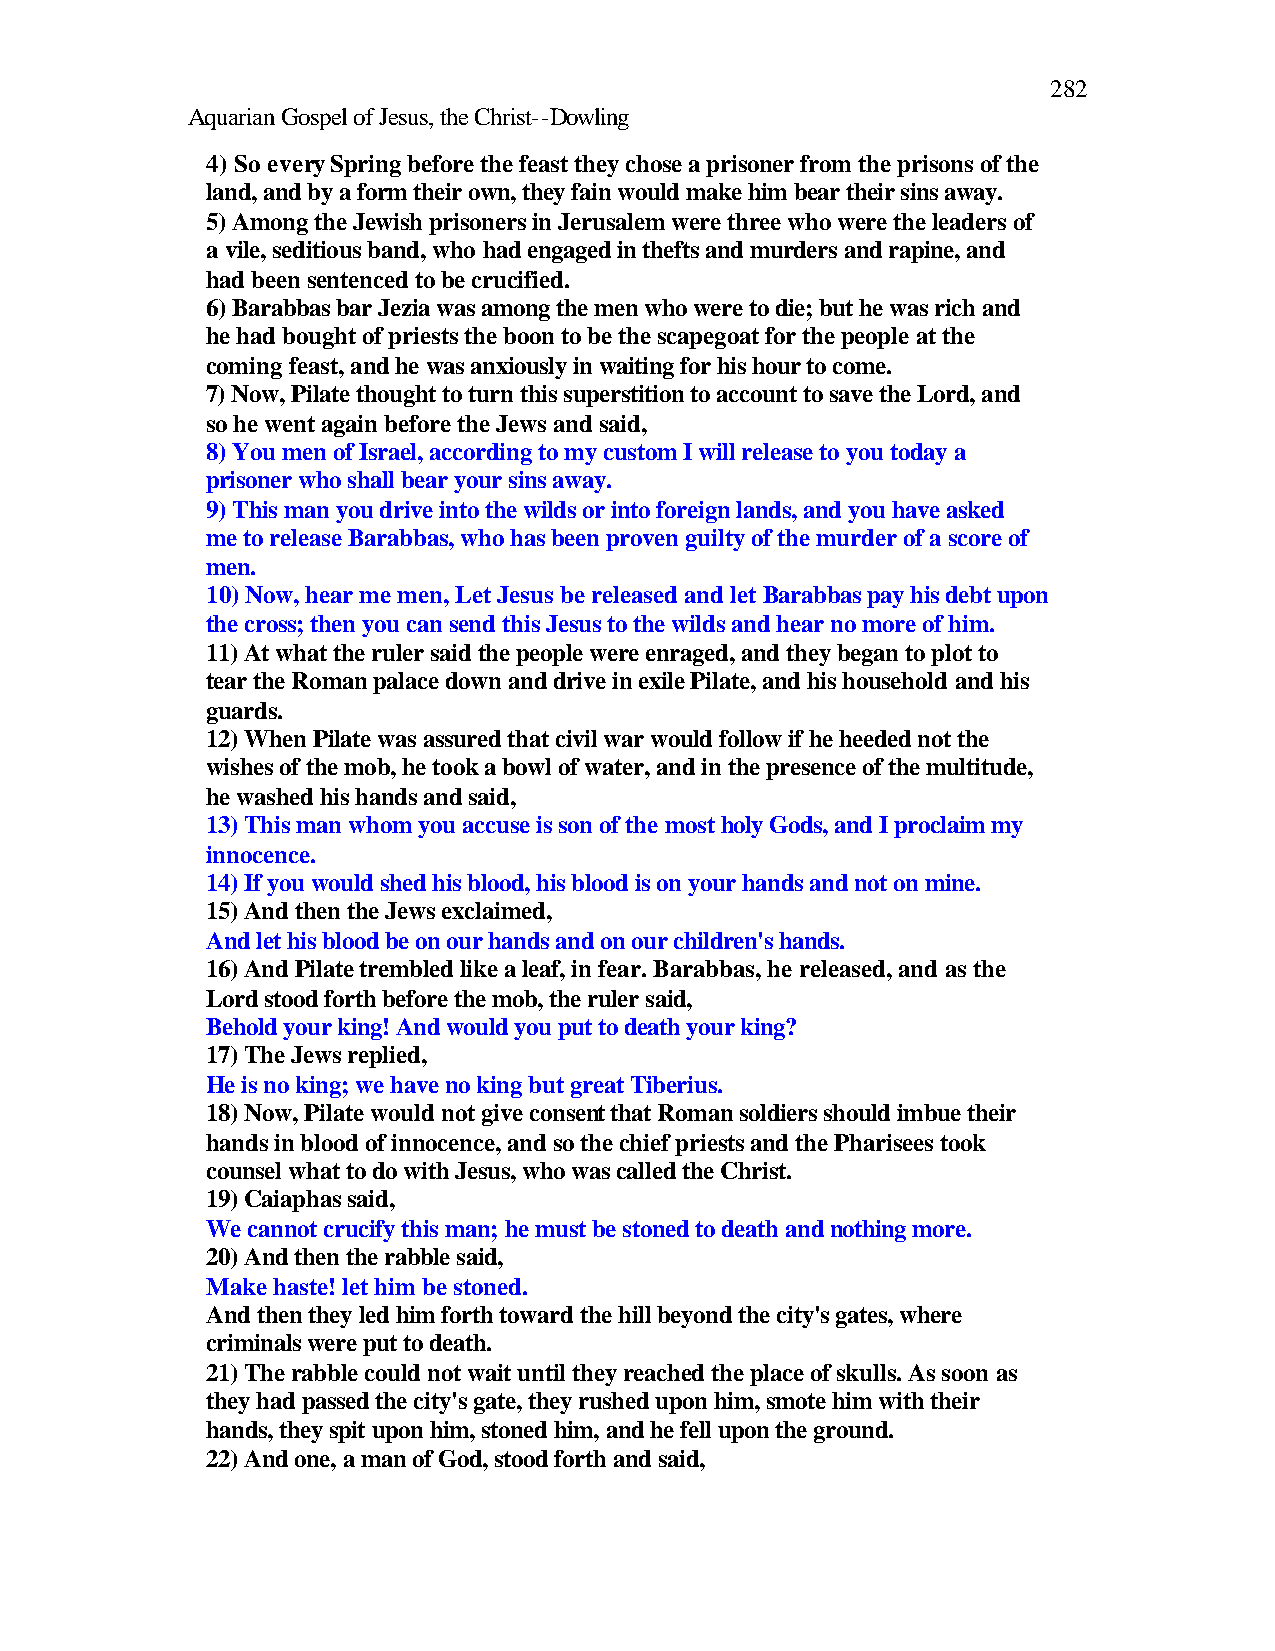
282
 Aquarian Gospel of Jesus, the Christ--Dowling
 4) So every Spring before the feast they chose a prisoner from the prisons of the
 land, and by a form their own, they fain would make him bear their sins away.
 5) Among the Jewish prisoners in Jerusalem were three who were the leaders of
 a vile, seditious band, who had engaged in thefts and murders and rapine, and
 had been sentenced to be crucified.
 6) Barabbas bar Jezia was among the men who were to die; but he was rich and
 he had bought of priests the boon to be the scapegoat for the people at the
 coming feast, and he was anxiously in waiting for his hour to come.
 7) Now, Pilate thought to turn this superstition to account to save the Lord, and
 so he went again before the Jews and said,
 8) You men of Israel, according to my custom I will release to you today a
 prisoner who shall bear your sins away.
 9) This man you drive into the wilds or into foreign lands, and you have asked
 me to release Barabbas, who has been proven guilty of the murder of a score of
 men.
 10) Now, hear me men, Let Jesus be released and let Barabbas pay his debt upon
 the cross; then you can send this Jesus to the wilds and hear no more of him.
 11) At what the ruler said the people were enraged, and they began to plot to
 tear the Roman palace down and drive in exile Pilate, and his household and his
 guards.
 12) When Pilate was assured that civil war would follow if he heeded not the
 wishes of the mob, he took a bowl of water, and in the presence of the multitude,
 he washed his hands and said,
 13) This man whom you accuse is son of the most holy Gods, and I proclaim my
 innocence.
 14) If you would shed his blood, his blood is on your hands and not on mine.
 15) And then the Jews exclaimed,
 And let his blood be on our hands and on our children's hands.
 16) And Pilate trembled like a leaf, in fear. Barabbas, he released, and as the
 Lord stood forth before the mob, the ruler said,
 Behold your king! And would you put to death your king?
 17) The Jews replied,
 He is no king; we have no king but great Tiberius.
 18) Now, Pilate would not give consent that Roman soldiers should imbue their
 hands in blood of innocence, and so the chief priests and the Pharisees took
 counsel what to do with Jesus, who was called the Christ.
 19) Caiaphas said,
 We cannot crucify this man; he must be stoned to death and nothing more.
 20) And then the rabble said,
 Make haste! let him be stoned.
 And then they led him forth toward the hill beyond the city's gates, where
 criminals were put to death.
 21) The rabble could not wait until they reached the place of skulls. As soon as
 they had passed the city's gate, they rushed upon him, smote him with their
 hands, they spit upon him, stoned him, and he fell upon the ground.
 22) And one, a man of God, stood forth and said,